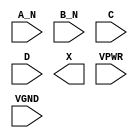
module sky130_fd_sc_hs__and4bb (
    //# {{data|Data Signals}}
    input  A_N ,
    input  B_N ,
    input  C   ,
    input  D   ,
    output X   ,

    //# {{power|Power}}
    input  VPWR,
    input  VGND
);
endmodule